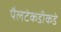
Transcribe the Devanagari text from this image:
पैलटेकडीकडे